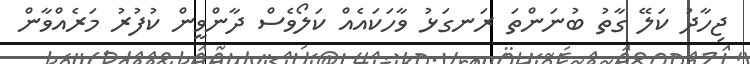
ޖިހާދު ކަލޭ ގާތު ބުނަންތަ ރަނގަޅު ވާހަކައެއް ކަލޯވެސް ދާންވީން ކުފުރު މަރެއްވާން